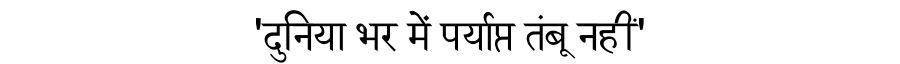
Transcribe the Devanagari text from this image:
'दुनिया भर में पर्याप्त तंबू नहीं'